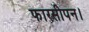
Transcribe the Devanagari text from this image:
फारसीपन।